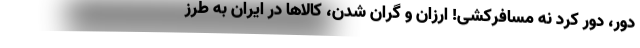
دور، دور کرد نه مسافرکشی! ارزان و گران شدن، کالاها در ایران به طرز